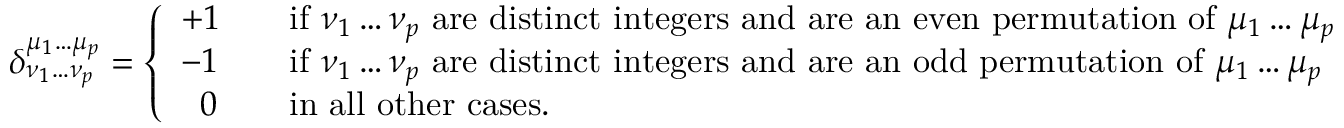
\delta _ { \nu _ { 1 } \dots \nu _ { p } } ^ { \mu _ { 1 } \dots \mu _ { p } } = { \left\{ \begin{array} { l l } { + 1 } & { \quad { \mathrm { i f ~ } } \nu _ { 1 } \dots \nu _ { p } { \mathrm { ~ a r e ~ d i s t i n c t ~ i n t e g e r s ~ a n d ~ a r e ~ a n ~ e v e n ~ p e r m u t a t i o n ~ o f ~ } } \mu _ { 1 } \dots \mu _ { p } } \\ { - 1 } & { \quad { \mathrm { i f ~ } } \nu _ { 1 } \dots \nu _ { p } { \mathrm { ~ a r e ~ d i s t i n c t ~ i n t e g e r s ~ a n d ~ a r e ~ a n ~ o d d ~ p e r m u t a t i o n ~ o f ~ } } \mu _ { 1 } \dots \mu _ { p } } \\ { \; \; 0 } & { \quad { \mathrm { i n ~ a l l ~ o t h e r ~ c a s e s } } . } \end{array} \right. }